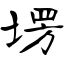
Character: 塄